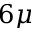
6 { \mu }